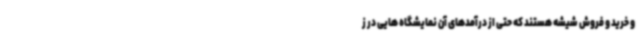
و خرید و فروش شیشه هستند که حتی از درآمدهای آن نمایشگاه هایی در ز